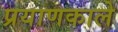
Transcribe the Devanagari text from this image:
प्रयाणकाले